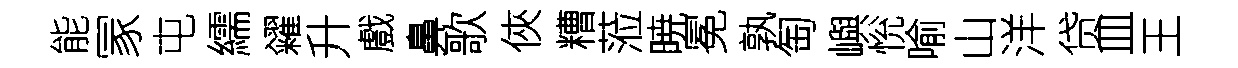
能冡屯繻糴升戲鼻歌俠糟蒞暁冕孰匋嶼恱喻山洋贷皿王